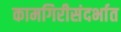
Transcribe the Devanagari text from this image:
कामगिरीसंदर्भात